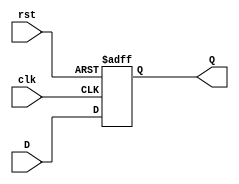
module d_flip_flop (
    input wire clk,      // Clock input
    input wire rst,      // Asynchronous reset input
    input wire D,        // Data input
    output reg Q         // Output
);

// Always block sensitive to negative edge of clk and posedge of rst
always @(negedge clk or posedge rst) begin
    if (rst) begin
        // Reset condition
        Q <= 1'b0;      // Set output to 0 on reset
    end else begin
        // Capture D on falling edge of clk
        Q <= D;         // Set output to D on negative edge
    end
end

endmodule